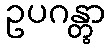
ဥပဂန္တွာ